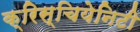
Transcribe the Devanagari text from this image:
क्रिस्चियेनिटी